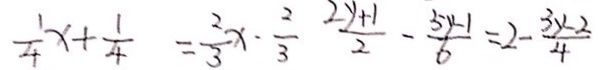
\frac { 1 } { 4 } x + \frac { 1 } { 4 } = \frac { 2 } { 3 } x - \frac { 2 } { 3 } \frac { 2 y + 1 } { 2 } - \frac { 5 y - 1 } { 6 } = 2 - \frac { 3 y - 2 } { 4 }